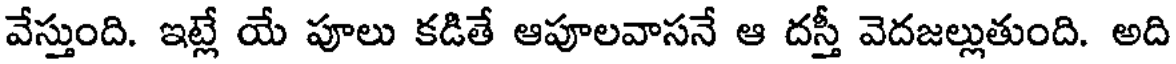
వేస్తుంది. ఇట్లే యే పూలు కడితే ఆపూలవాసనే ఆ దస్తీ వెదజల్లుతుంది. అది